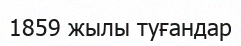
1859 жылы туғандар